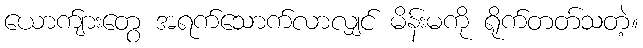
ယောက်ျားတွေ အရက်သောက်လာလျှင် မိန်းမကို ရိုက်တတ်သတဲ့။